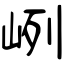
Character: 峢